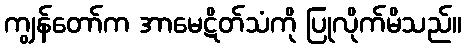
ကျွန်တော်က အာမေဋိတ်သံကို ပြုလိုက်မိသည်။